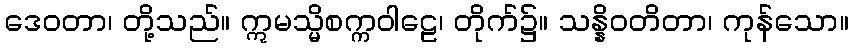
ဒေဝတာ၊ တို့သည်။ ဣမသ္မိစက္ကဝါဠေ၊ တိုက်၌။ သန္နိဝတိတာ၊ ကုန်သော။